Report of the Indian Hemp Drugs Commission, 1894-1895 - Volume VI
Year: 1894
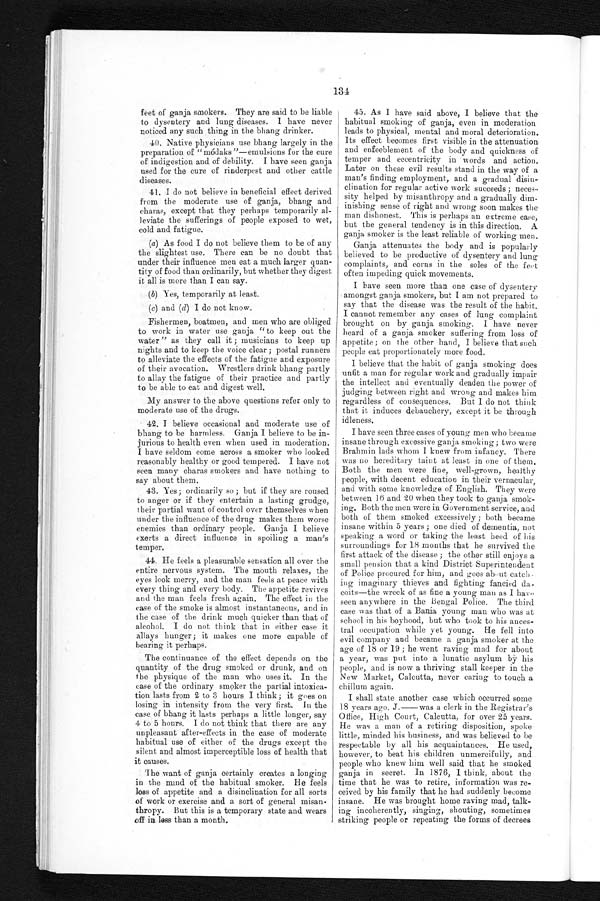
134
feet of ganja smokers. They are said to be liable
to dysentery and lung diseases. I have never
noticed any such thing in the bhang drinker.
40. Native physicians use bhang largely in the
preparation of "módaks"—emulsions for the cure
of indigestion and of debility. I have seen ganja
used for the cure of rinderpest and other cattle
diseases.
41. I do not believe in beneficial effect derived
from the moderate use of ganja, bhang and
charas, except that they perhaps temporarily a
l - l e v i a t e t h e s u f f e r i n g s o f p e o p l e e x p o s e d t o w e t ,
cold and fatigue.
(a) As food I do not believe them to be of any
the slightest use. There can be no doubt that
under their influence men eat a much larger quan
- t i t y o f f o o d t h a n o r d i n a r i l y , b u t w h e t h e r t h e y d i g e s t it all is more than I can say.
(b) Yes, temporarily at least.
(c) and (d) I do not know.
Fishermen, boatmen, and men who are obliged
to work in water use ganja "to keep out the
water" as they call it; musicians to keep up
nights and to keep the voice clear; postal runners
to alleviate the effects of the fatigue and exposure
of their avocation. Wrestlers drink bhang partly
to allay the fatigue of their practice and partly
to be able to eat and digest well.
My answer to the above questions refer only to
moderate use of the drugs.
42. I believe occasional and moderate use of
bhang to be harmless. Ganja I believe to be in
-jurious to health even when used in moderation.
I have seldom come across a smoker who looked
reasonably healthy or good tempered. I have not
seen many charas smokers and have nothing to
say about them.
43. Yes; ordinarily so; but if they are roused
to anger or if they entertain a lasting grudge,
their partial want of control over themselves when
under the influence of the drug makes them worse
enemies than ordinary people. Ganja I believe
exerts a direct influence in spoiling a man's
temper.
44. He feels a pleasurable sensation all over the
entire nervous system. The mouth relaxes, the
eyes look merry, and the man feels at peace with
every thing and every body. The appetite revives
and the man feels fresh again. The effect in the
case of the smoke is almost instantaneous, and in
the case of the drink much quicker than that of
alcohol. I do not think that in either case it
allays hunger; it makes one more capable of
bearing it perhaps.
The continuance of the effect depends on the
quantity of the drug smoked or drunk, and on
the physique of the man who uses it. In the
case of the ordinary smoker the partial intoxica
- t i o n l a s t s f r o m 2 t o 3 h o u r s I t h i n k ; i t g o e s o n
losing in intensity from the very first. In the
case of bhang it lasts perhaps a little longer, say
4 to 5 hours. I do not think that there are any
unpleasant after-effects in the case of moderate
habitual use of either of the drugs except the
silent and almost imperceptible loss of health that
it causes.
The want of ganja certainly creates a longing
in the mind of the habitual smoker. He feels
loss of appetite and a disinclination for all sorts
of work or exercise and a sort of general misan
-thropy. But this is a temporary state and wears
off in less than a month.
45. As I have said above, I believe that the
habitual smoking of ganja, even in moderation
leads to physical, mental and moral deterioration.
Its effect becomes first visible in the attenuation
and enfeeblement of the body and quickness of
temper and eccentricity in words and action.
Later on these evil results stand in the way of a
man's finding employment, and a gradual disin
-clination for regular active work succeeds; neces
-sity helped by misanthropy and a gradually dim
- i n i s h i n g s e n s e o f r i g h t a n d w r o n g s o o n m a k e s t h e
man dishonest. This is perhaps an extreme case,
but the general tendency is in this direction. A
ganja smoker is the least reliable of working men.
Ganja attenuates the body and is popularly
believed to be productive of dysentery and lung
complaints, and corns in the soles of the feet
often impeding quick movements.
I have seen more than one case of dysentery
amongst ganja smokers, but I am not prepared to
say that the disease was the result of the habit.
I cannot remember any cases of lung complaint
brought on by ganja smoking. I have never
heard of a ganja smoker suffering from loss of
appetite; on the other hand, I believe that such
people eat proportionately more food.
I believe that the habit of ganja smoking does
unfit a man for regular work and gradually impair
the intellect and eventually deaden the power of
judging between right and wrong and makes him
regardless of consequences. But I do not think
that it induces debauchery, except it be through
idleness.
I have seen three cases of young men who became
insane through excessive ganja smoking; two were
Brahmin lads whom I knew from infancy. There
was no hereditary taint at least in one of them.
Both the men were fine, well-grown, healthy
people, with decent education in their vernacular,
and with some knowledge of English. They were
between 16 and 20 when they took to ganja smok
- i n g . B o t h t h e m e n w e r e i n G o v e r n m e n t s e r v i c e , a n d
both of them smoked excessively; both became
insane within 5 years; one died of dementia, not
speaking a word or taking the least heed of his
s ur r oundi ngs f or 18 mont hs t ha t he s ur vi ve d t he
first attack of the disease; the other still enjoys a
small pension that a kind District Superintendent
of Police procured for him, and goes about catch
-ing imaginary thieves and fighting fancied da
- c o i t s — t h e w r e c k o f a s f i n e a y o u n g m a n a s I h a v e
seen anywhere in the Bengal Police. The third
case was that of a Bania young man who was at
school in his boyhood, but who took to his ances
- t r a l o c c u p a t i o n w h i l e y e t y o u n g . H e f e l l i n t o
evil company and became a ganja smoker at the
age of 18 or 19; he went raving mad for about
a year, was put into a lunatic asylum by his
people, and is now a thriving stall keeper in the
New Market, Calcutta, never caring to touch a
chillum again.
I shall state another case which occurred some
18 years ago. J.—was a clerk in the Registrar's
Office, High Court, Calcutta, for over 25 years.
He was a man of a retiring disposition, spoke
little, minded his business, and was believed to be
respectable by all his acquaintances. He used,
however, to beat his children unmercifully, and
people who knew him well said that he smoked
ganja in secret. In 1876, I think, about the
time that he was to retire, information was re
- c e i v e d b y h i s f a m i l y t h a t h e h a d s u d d e n l y b e c o m e
insane. He was brought home raving mad, talk
- i n g i n c o h e r e n t l y , s i n g i n g , s h o u t i n g , s o m e t i m e s
striking people or repeating the forms of decrees